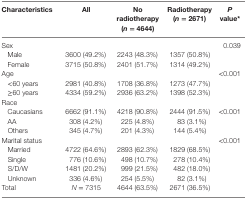
<table><thead><tr><td><b>Characteristics</b></td><td><b>All</b></td><td><b>No radiotherapy (<i>n</i> = 4644)</b></td><td><b>Radiotherapy (<i>n</i> = 2671)</b></td><td><b><i>P</i> value*</b></td></tr></thead><tbody><tr><td>Sex</td><td></td><td></td><td></td><td>0.039</td></tr><tr><td> Male</td><td>3600 (49.2%)</td><td>2243 (48.3%)</td><td>1357 (50.8%)</td><td></td></tr><tr><td> Female</td><td>3715 (50.8%)</td><td>2401 (51.7%)</td><td>1314 (49.2%)</td><td></td></tr><tr><td>Age</td><td></td><td></td><td></td><td>&lt;0.001</td></tr><tr><td> &lt;60 years</td><td>2981 (40.8%)</td><td>1708 (36.8%)</td><td>1273 (47.7%)</td><td></td></tr><tr><td> ≥60 years</td><td>4334 (59.2%)</td><td>2936 (63.2%)</td><td>1398 (52.3%)</td><td></td></tr><tr><td>Race</td><td></td><td></td><td></td><td></td></tr><tr><td> Caucasians</td><td>6662 (91.1%)</td><td>4218 (90.8%)</td><td>2444 (91.5%)</td><td>&lt;0.001</td></tr><tr><td> AA</td><td>308 (4.2%)</td><td>225 (4.8%)</td><td>83 (3.1%)</td><td></td></tr><tr><td> Others</td><td>345 (4.7%)</td><td>201 (4.3%)</td><td>144 (5.4%)</td><td></td></tr><tr><td>Marital status</td><td></td><td></td><td></td><td>&lt;0.001</td></tr><tr><td> Married</td><td>4722 (64.6%)</td><td>2893 (62.3%)</td><td>1829 (68.5%)</td><td></td></tr><tr><td> Single</td><td>776 (10.6%)</td><td>498 (10.7%)</td><td>278 (10.4%)</td><td></td></tr><tr><td> S/D/W</td><td>1481 (20.2%)</td><td>999 (21.5%)</td><td>482 (18.0%)</td><td></td></tr><tr><td> Unknown</td><td>336 (4.6%)</td><td>254 (5.5%)</td><td>82 (3.1%)</td><td></td></tr><tr><td>Total</td><td><i>N</i> = 7315</td><td>4644 (63.5%)</td><td>2671 (36.5%)</td><td></td></tr></tbody></table>